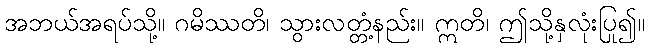
အဘယ်အရပ်သို့။ ဂမိဿတိ၊ သွားလတ္တံ့နည်း။ ဣတိ၊ ဤသို့နှလုံးပြု၍။